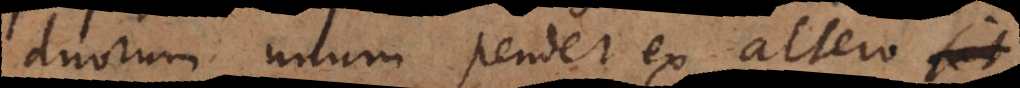
duorum unum pendet ex altero.